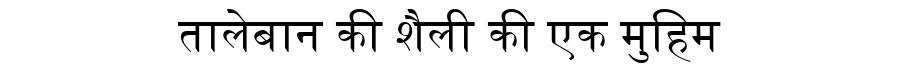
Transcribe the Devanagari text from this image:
तालेबान की शैली की एक मुहिम